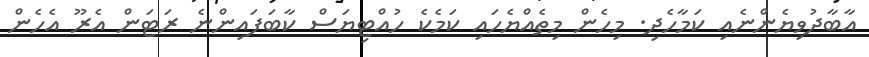
އާބާދުވިޔެންނެއި ކަމާހެދި. މިހެން މިތެއްޔެހައި ކަމެކެ ހުއްޓިޔަސް ކާބަފައިންނެ ރަޓަން އެރޫ އެހެން